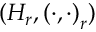
( H _ { r } , \left( \cdot , \cdot \right) _ { r } )